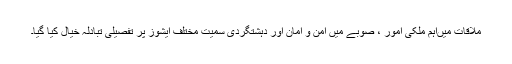
ملاقات میںاہم ملکی امور ، صوبے میں امن و امان اور دہشتگردی سمیت مختلف ایشوز پر تفصیلی تبادلہ خیال کیا گیا۔